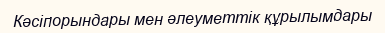
Кәсіпорындары мен әлеуметтік құрылымдары